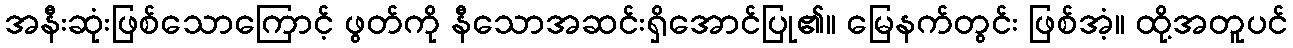
အနီးဆုံးဖြစ်သောကြောင့် ဖွတ်ကို နီသောအဆင်းရှိအောင်ပြု၏။ မြေနက်တွင်း ဖြစ်အံ့။ ထို့အတူပင်